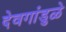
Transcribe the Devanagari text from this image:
देवगांडुळे